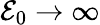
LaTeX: {\cal{E}}_{0}\rightarrow\infty